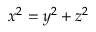
x ^ { 2 } = y ^ { 2 } + z ^ { 2 }